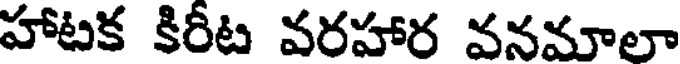
హాటక కిరీట వరహార వనమాలా